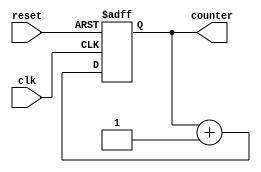
// FPGA projects using Verilog/ VHDL
// Verilog code for up counter
module Counter(input clk, reset, output[3:0] counter
    );
reg [3:0] counter_up;

// up counter
always @(posedge clk or posedge reset)
begin
if(reset)
 counter_up <= 4'd0;
else
 counter_up <= counter_up + 4'd1;
end 
assign counter = counter_up;
endmodule